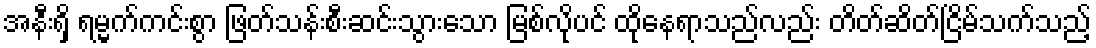
အနီးရှိ ရမ္မက်ကင်းစွာ ဖြတ်သန်းစီးဆင်းသွားသော မြစ်လိုပင် ထိုနေရာသည်လည်း တိတ်ဆိတ်ငြိမ်သက်သည့်